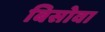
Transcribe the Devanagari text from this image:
बिसोवा